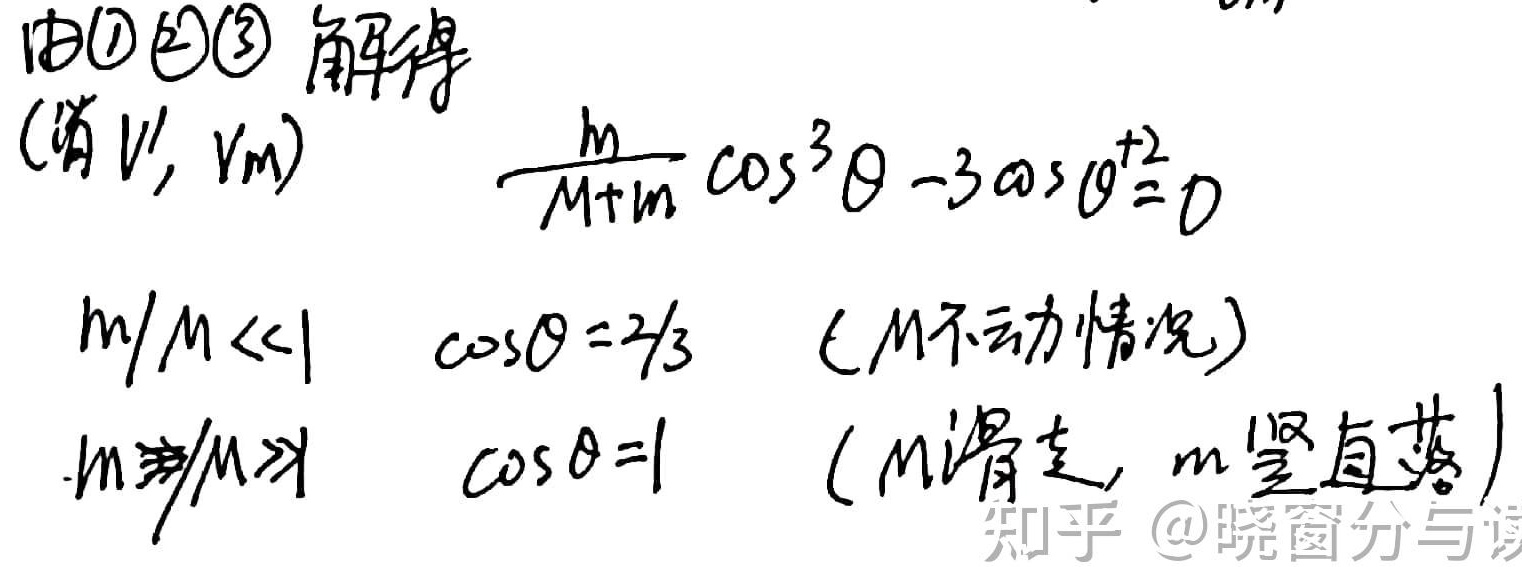
由\textcircled{1}\textcircled{2}\textcircled{3}解得(消 \(V'\), \(V_{m}\))
\[\frac{m}{M + m}\cos^{3}\theta- 3\cos^{2}\theta=0\]
\(m/M\ll1\) ，\(\cos\theta = 2/3\)  (\(M\)不动情况)
\(m/M\gg1\) ，\(\cos\theta = 1\)  (\(M\)滑走, \(m\)竖直落)